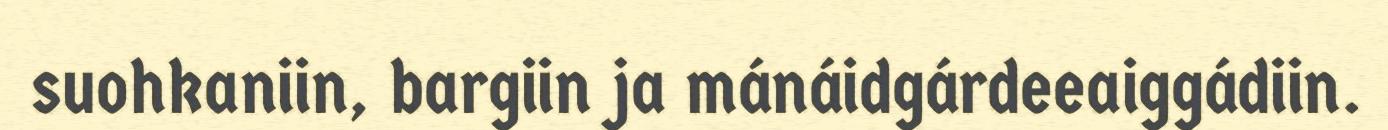
suohkaniin, bargiin ja mánáidgárdeeaiggádiin.